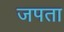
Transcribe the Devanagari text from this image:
जपता